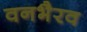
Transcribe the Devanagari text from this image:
वनभैरव